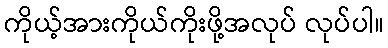
ကိုယ့်အားကိုယ်ကိုးဖို့အလုပ် လုပ်ပါ။